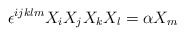
\begin{align*}\epsilon^{ijklm} X_i X_j X_k X_l = \alpha X_m\end{align*}